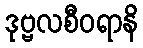
ဒုဗ္ဗလစီဝရာနိ